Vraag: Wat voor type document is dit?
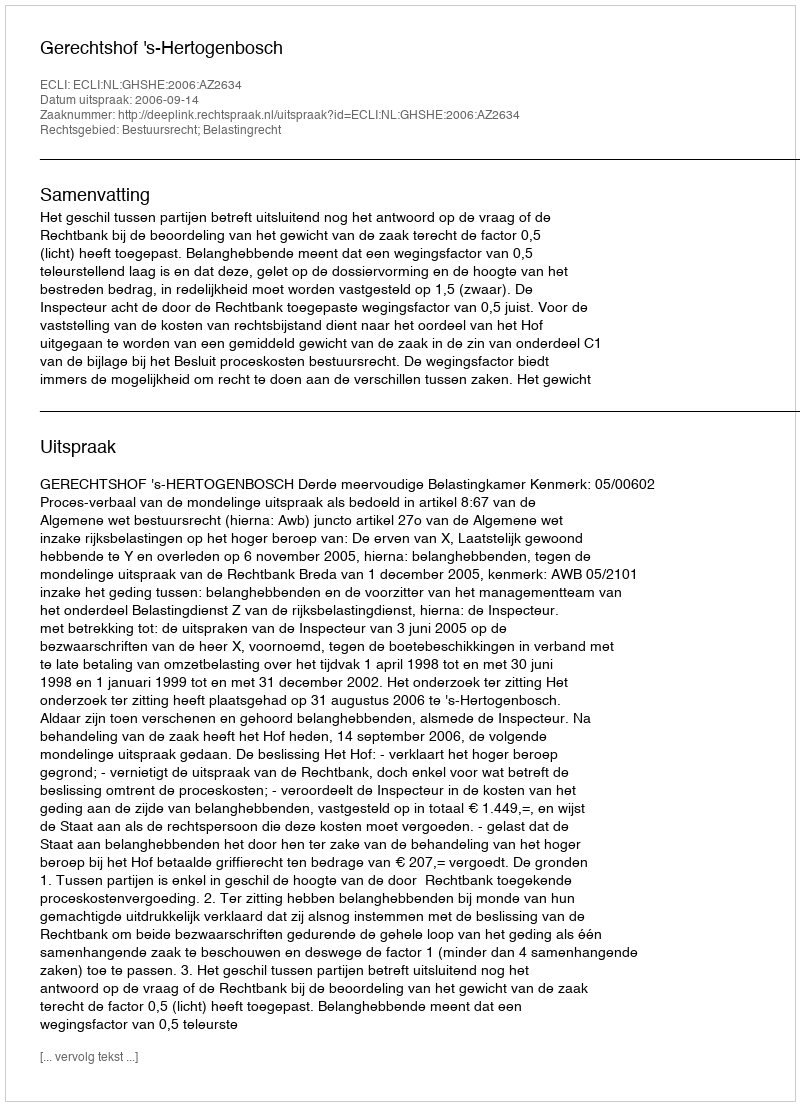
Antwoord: Uitspraak